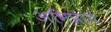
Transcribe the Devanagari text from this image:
अभिप्रायं